Report on vaccination North-West Frontier Province 1904-1922 - 1904-1922
Year: 1904
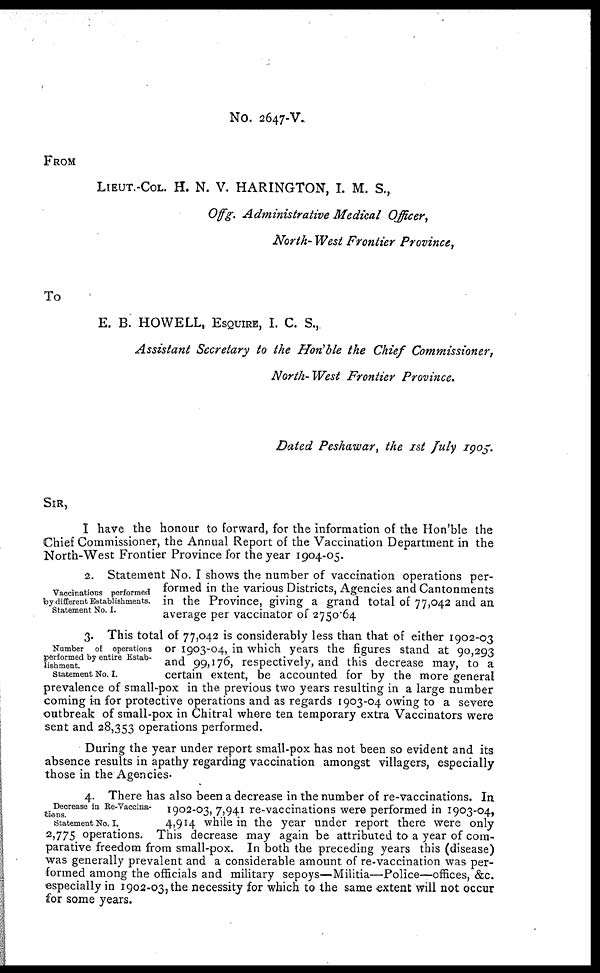
No. 2647-V.
FROM
LIEUT.-COL. H. N. V. HARINGTON, I. M. S.,
Offg. Administrative Medical Officer,
North- West Frontier Province,
To
E. B. HOWELL, ESQUIRE, I. C. S.,
Assistant Secretary to the Hon'ble the Chief Commissioner,
North-West Frontier Province.
Dated Peshawar, the 1st July 1905.
SIR,
I have the honour to forward, for the information of the Hon'ble the
Chief Commissioner, the Annual Report of the Vaccination Department in the
North-West Frontier Province for the year 1904-05.
Vaccinations performed
by different Establishments.
Statement No. I.
2. Statement No. I shows the number of vaccination operations per-
formed in the various Districts, Agencies and Cantonments
in the Province, giving a grand total of 77,042 and an
average per vaccinator of 2750.64
Number of operations
performed by entire Estab-
lishment.
Statement No. I.
3. This total of 77,042 is considerably less than that of either 1902-03
or 1903-04, in which years the figures stand at 90,293
and 99,176, respectively, and this decrease may, to a
certain extent, be accounted for by the more general
prevalence of small-pox in the previous two years resulting in a large number
coming in for protective operations and as regards 1903-04 owing to a severe
outbreak of small-pox in Chitral where ten temporary extra Vaccinators were
sent and 28,353 operations performed.
During the year under report small-pox has not been so evident and its
absence results in apathy regarding vaccination amongst villagers, especially
those in the Agencies.
Decrease in Re-Vaccina-
tions.
Statement No. I.
4. There has also been a decrease in the number of re-vaccinations. In
1902-03, 7,941 re-vaccinations were performed in 1903-04,
4,914 while in the year under report there were only
2,775 operations. This decrease may again be attributed to a year of com-
parative freedom from small-pox. In both the preceding years this (disease)
was generally prevalent and a considerable amount of re-vaccination was per-
formed among the officials and military sepoys—Militia—Police—offices, &c.
especially in 1902-03, the necessity for which to the same extent will not occur
for some years.